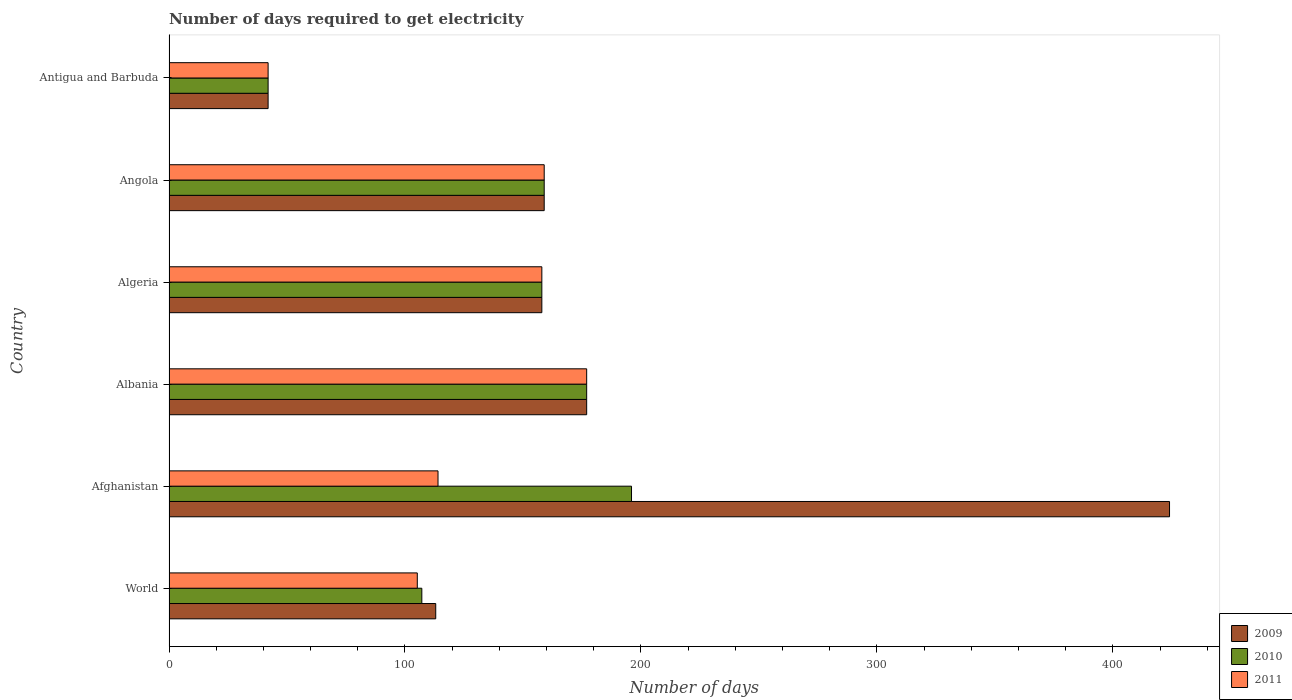
| Country | 2009 | 2010 | 2011 |
 | --- | --- | --- | --- |
 | World | 113 | 107 | 105 |
 | Afghanistan | 424 | 196 | 114 |
 | Albania | 177 | 177 | 177 |
 | Algeria | 158 | 158 | 158 |
 | Angola | 159 | 159 | 159 |
 | Antigua and Barbuda | 42 | 42 | 42 |